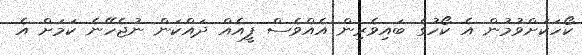
ކޯހަކަށްވުމުން އެ ކޯހުގެ ބައިވެރިން އެއްވެސް ފީއެއް ދައްކަން ނުޖެހޭނެ ކަމަށް އެ